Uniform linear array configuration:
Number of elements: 32
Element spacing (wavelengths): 0.75
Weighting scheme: exponential
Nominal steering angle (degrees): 30
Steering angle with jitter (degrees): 28.555
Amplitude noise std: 0.05
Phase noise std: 0.05

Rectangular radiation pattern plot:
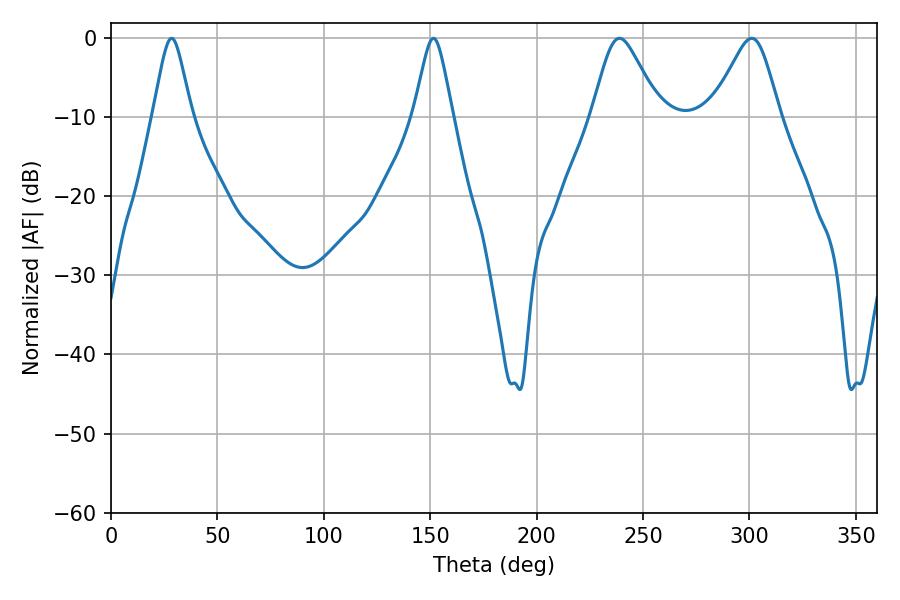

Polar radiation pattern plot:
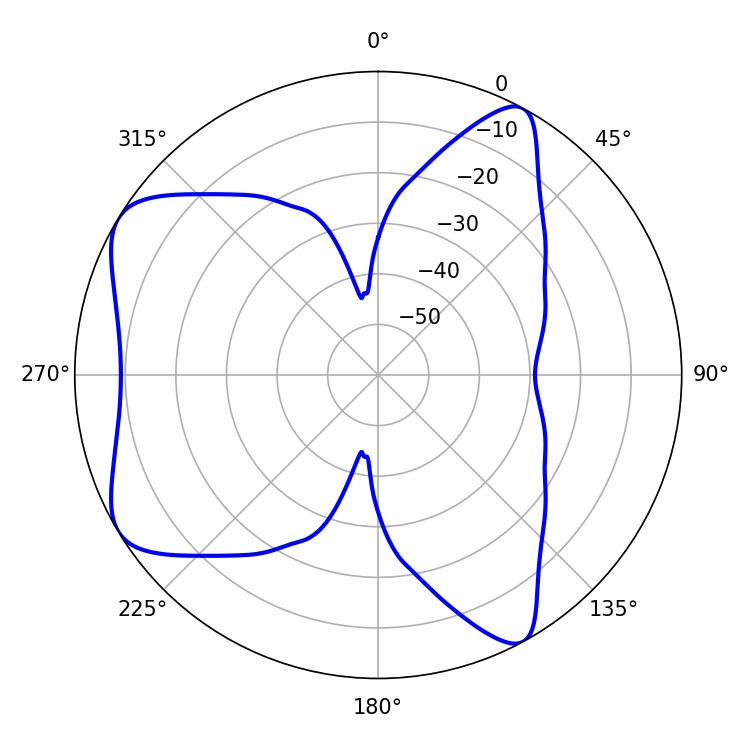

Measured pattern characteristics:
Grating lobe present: TRUE
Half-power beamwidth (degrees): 8.82
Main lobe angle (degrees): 28.44